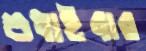
শুধাইবার